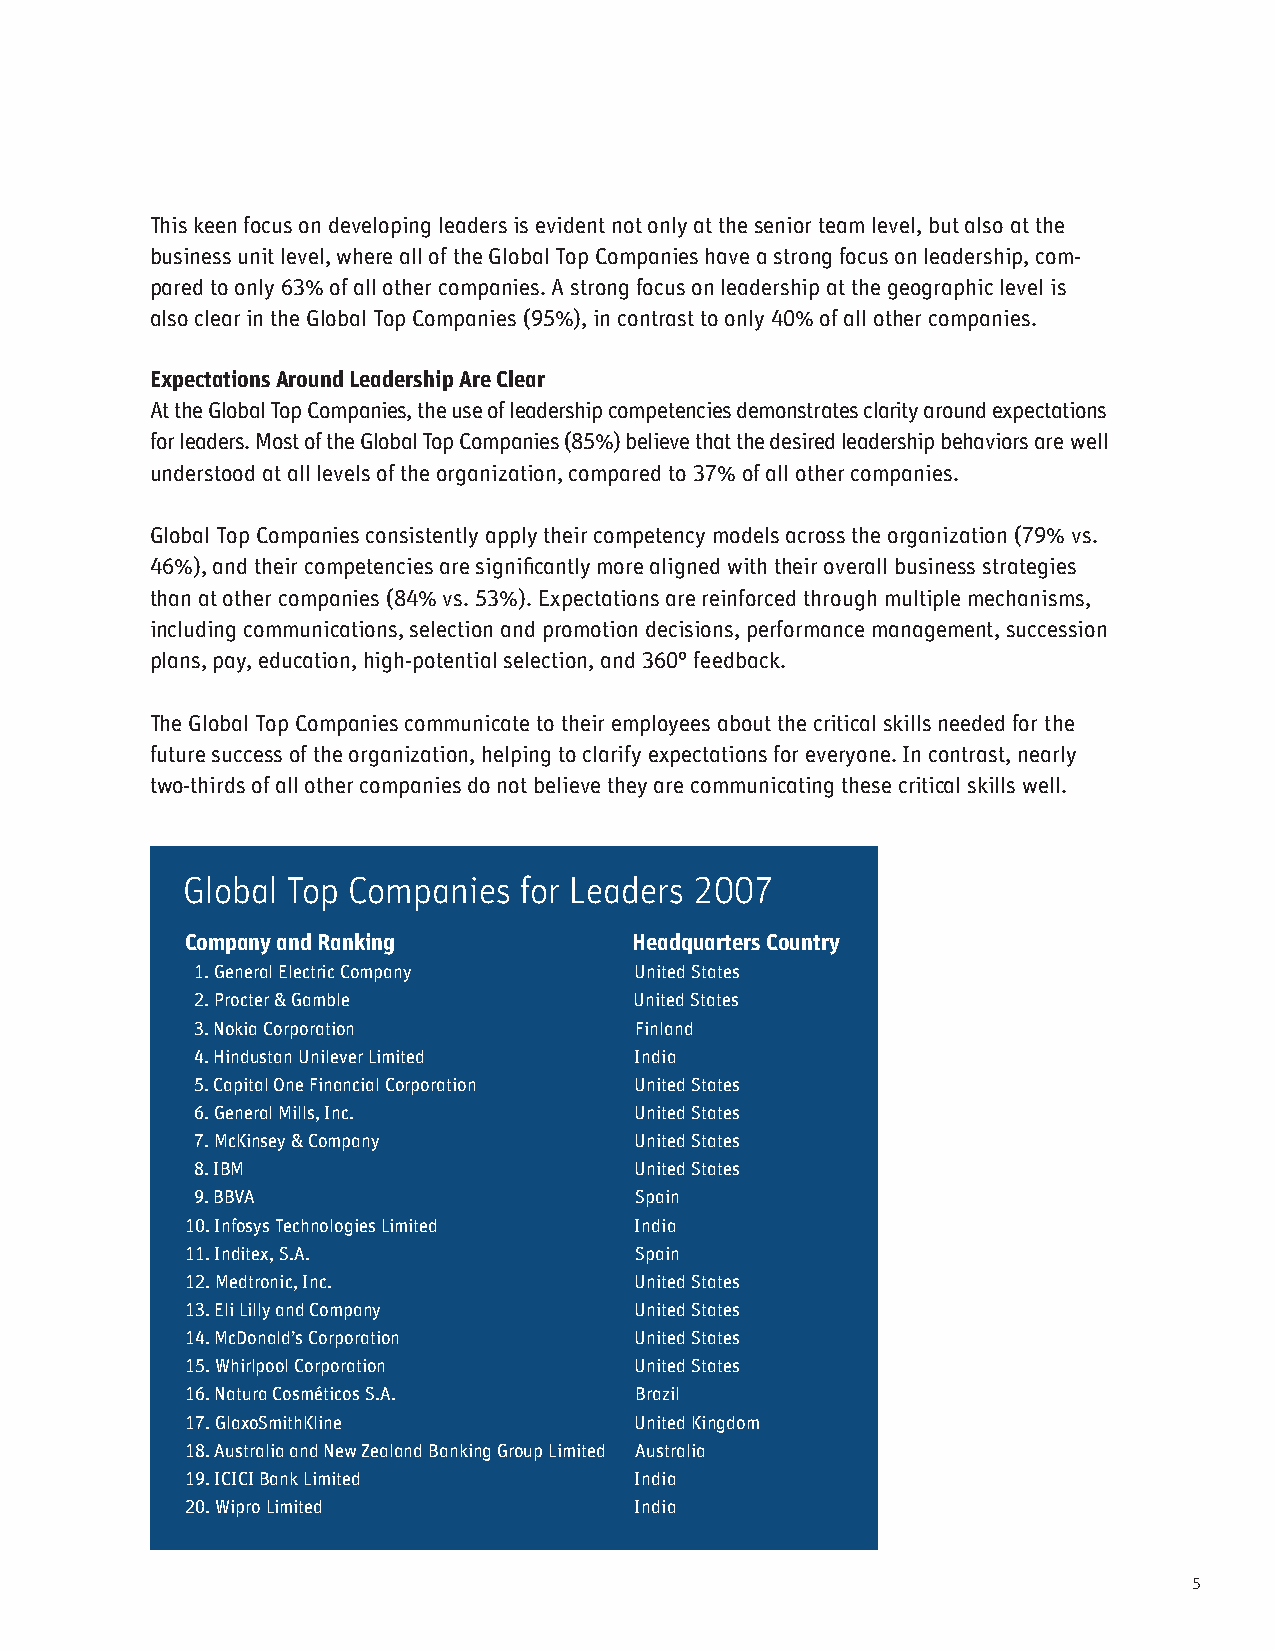
This keen focus on developing leaders is evident not only at the senior team level, but also at the
 business unit level, where all of the Global Top Companies have a strong focus on leadership, com-
 pared to only 63% of all other companies. A strong focus on leadership at the geographic level is
 also clear in the Global Top Companies (95%), in contrast to only 40% of all other companies.
 Expectations Around Leadership Are Clear
 At the Global Top Companies, the use of leadership competencies demonstrates clarity around expectations
 for leaders. Most of the Global Top Companies (85%) believe that the desired leadership behaviors are well
 understood at all levels of the organization, compared to 37% of all other companies.
 Global Top Companies consistently apply their competency models across the organization (79% vs.
 46%), and their competencies are signi cantly more aligned with their overall business strategies
 than at other companies (84% vs. 53%). Expectations are reinforced through multiple mechanisms,
 including communications, selection and promotion decisions, performance management, succession
 plans, pay, education, high-potential selection, and 360° feedback.
 The Global Top Companies communicate to their employees about the critical skills needed for the
 future success of the organization, helping to clarify expectations for everyone. In contrast, nearly
 two-thirds of all other companies do not believe they are communicating these critical skills well.
 Global Top Companies  for Leaders 2007
 Company and Ranking           Headquarters Country
 1. General Electric Company  United States
 2. Procter & Gamble          United States
 3. Nokia Corporation         Finland
 4. Hindustan Unilever Limited India
 5. Capital One Financial Corporation United States
 6. General Mills, Inc.       United States
 7. McKinsey & Company        United States
 8. IBM                       United States
 9. BBVA                      Spain
 10. Infosys Technologies Limited India
 11. Inditex, S.A.             Spain
 12. Medtronic, Inc.           United States
 13. Eli Lilly and Company     United States
 14. McDonald’s Corporation   United States
 15. Whirlpool Corporation     United States
 16. Natura Cosméticos S.A.    Brazil
 17. GlaxoSmithKline           United Kingdom
 18. Australia and New Zealand Banking Group Limited Australia
 19. ICICI Bank Limited        India
 20. Wipro Limited             India
 5